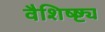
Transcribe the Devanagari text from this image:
वैशिष्ष्ट्य